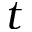
t